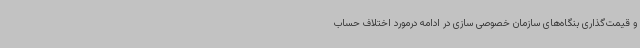
و قیمت‌گذاری بنگاه‌های سازمان خصوصی سازی در ادامه درمورد اختلاف حساب